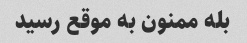
بله ممنون به موقع رسید